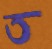
ত